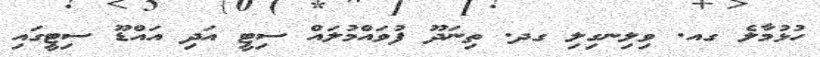
ހުޅުމާލެ ގއ. ވިލިނގިލި ގދ. ތިނަދޫ ފުވައްމުލައް ސިޓީ އަދި އައްޑޫ ސިޓީގައި